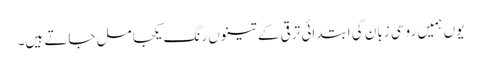
یوں ہمیں روسی زبان کی ابتدائی ترقی کے تینوں رنگ یکجا مل جاتے ہیں۔